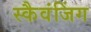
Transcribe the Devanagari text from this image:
स्कैवंजिंग